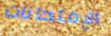
الإمتحانات